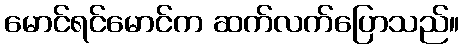
မောင်ရင်မောင်က ဆက်လက်ပြောသည်။